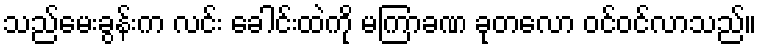
သည်မေးခွန်းက လင်း ခေါင်းထဲကို မကြာခဏ ခုတလော ဝင်ဝင်လာသည်။